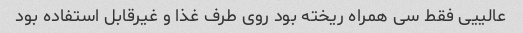
عالییی فقط سی همراه ریخته بود روی طرف غذا و غیر‌قابل استفاده بود